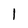
Character: l